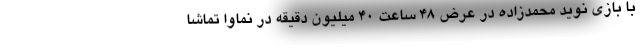
با بازی نوید محمدزاده در عرض 48 ساعت 40 میلیون دقیقه در نماوا تماشا